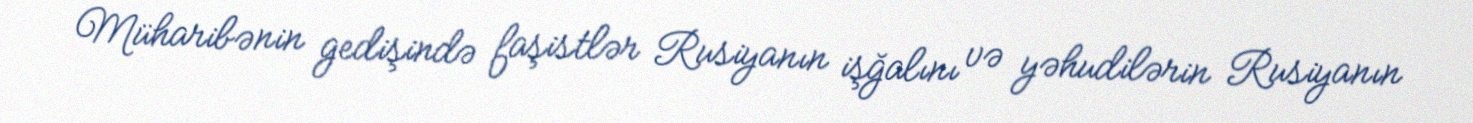
Müharibənin gedişində faşistlər Rusiyanın işğalını və yəhudilərin Rusiyanın